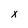
Character: x